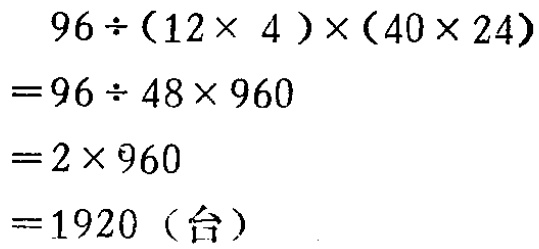
\[
\begin{align*}
&96\div(12\times 4)\times(40\times 24)\\
=&96\div 48\times 960\\
=&2\times 960\\
=&1920 \text{（台）}
\end{align*}
\]